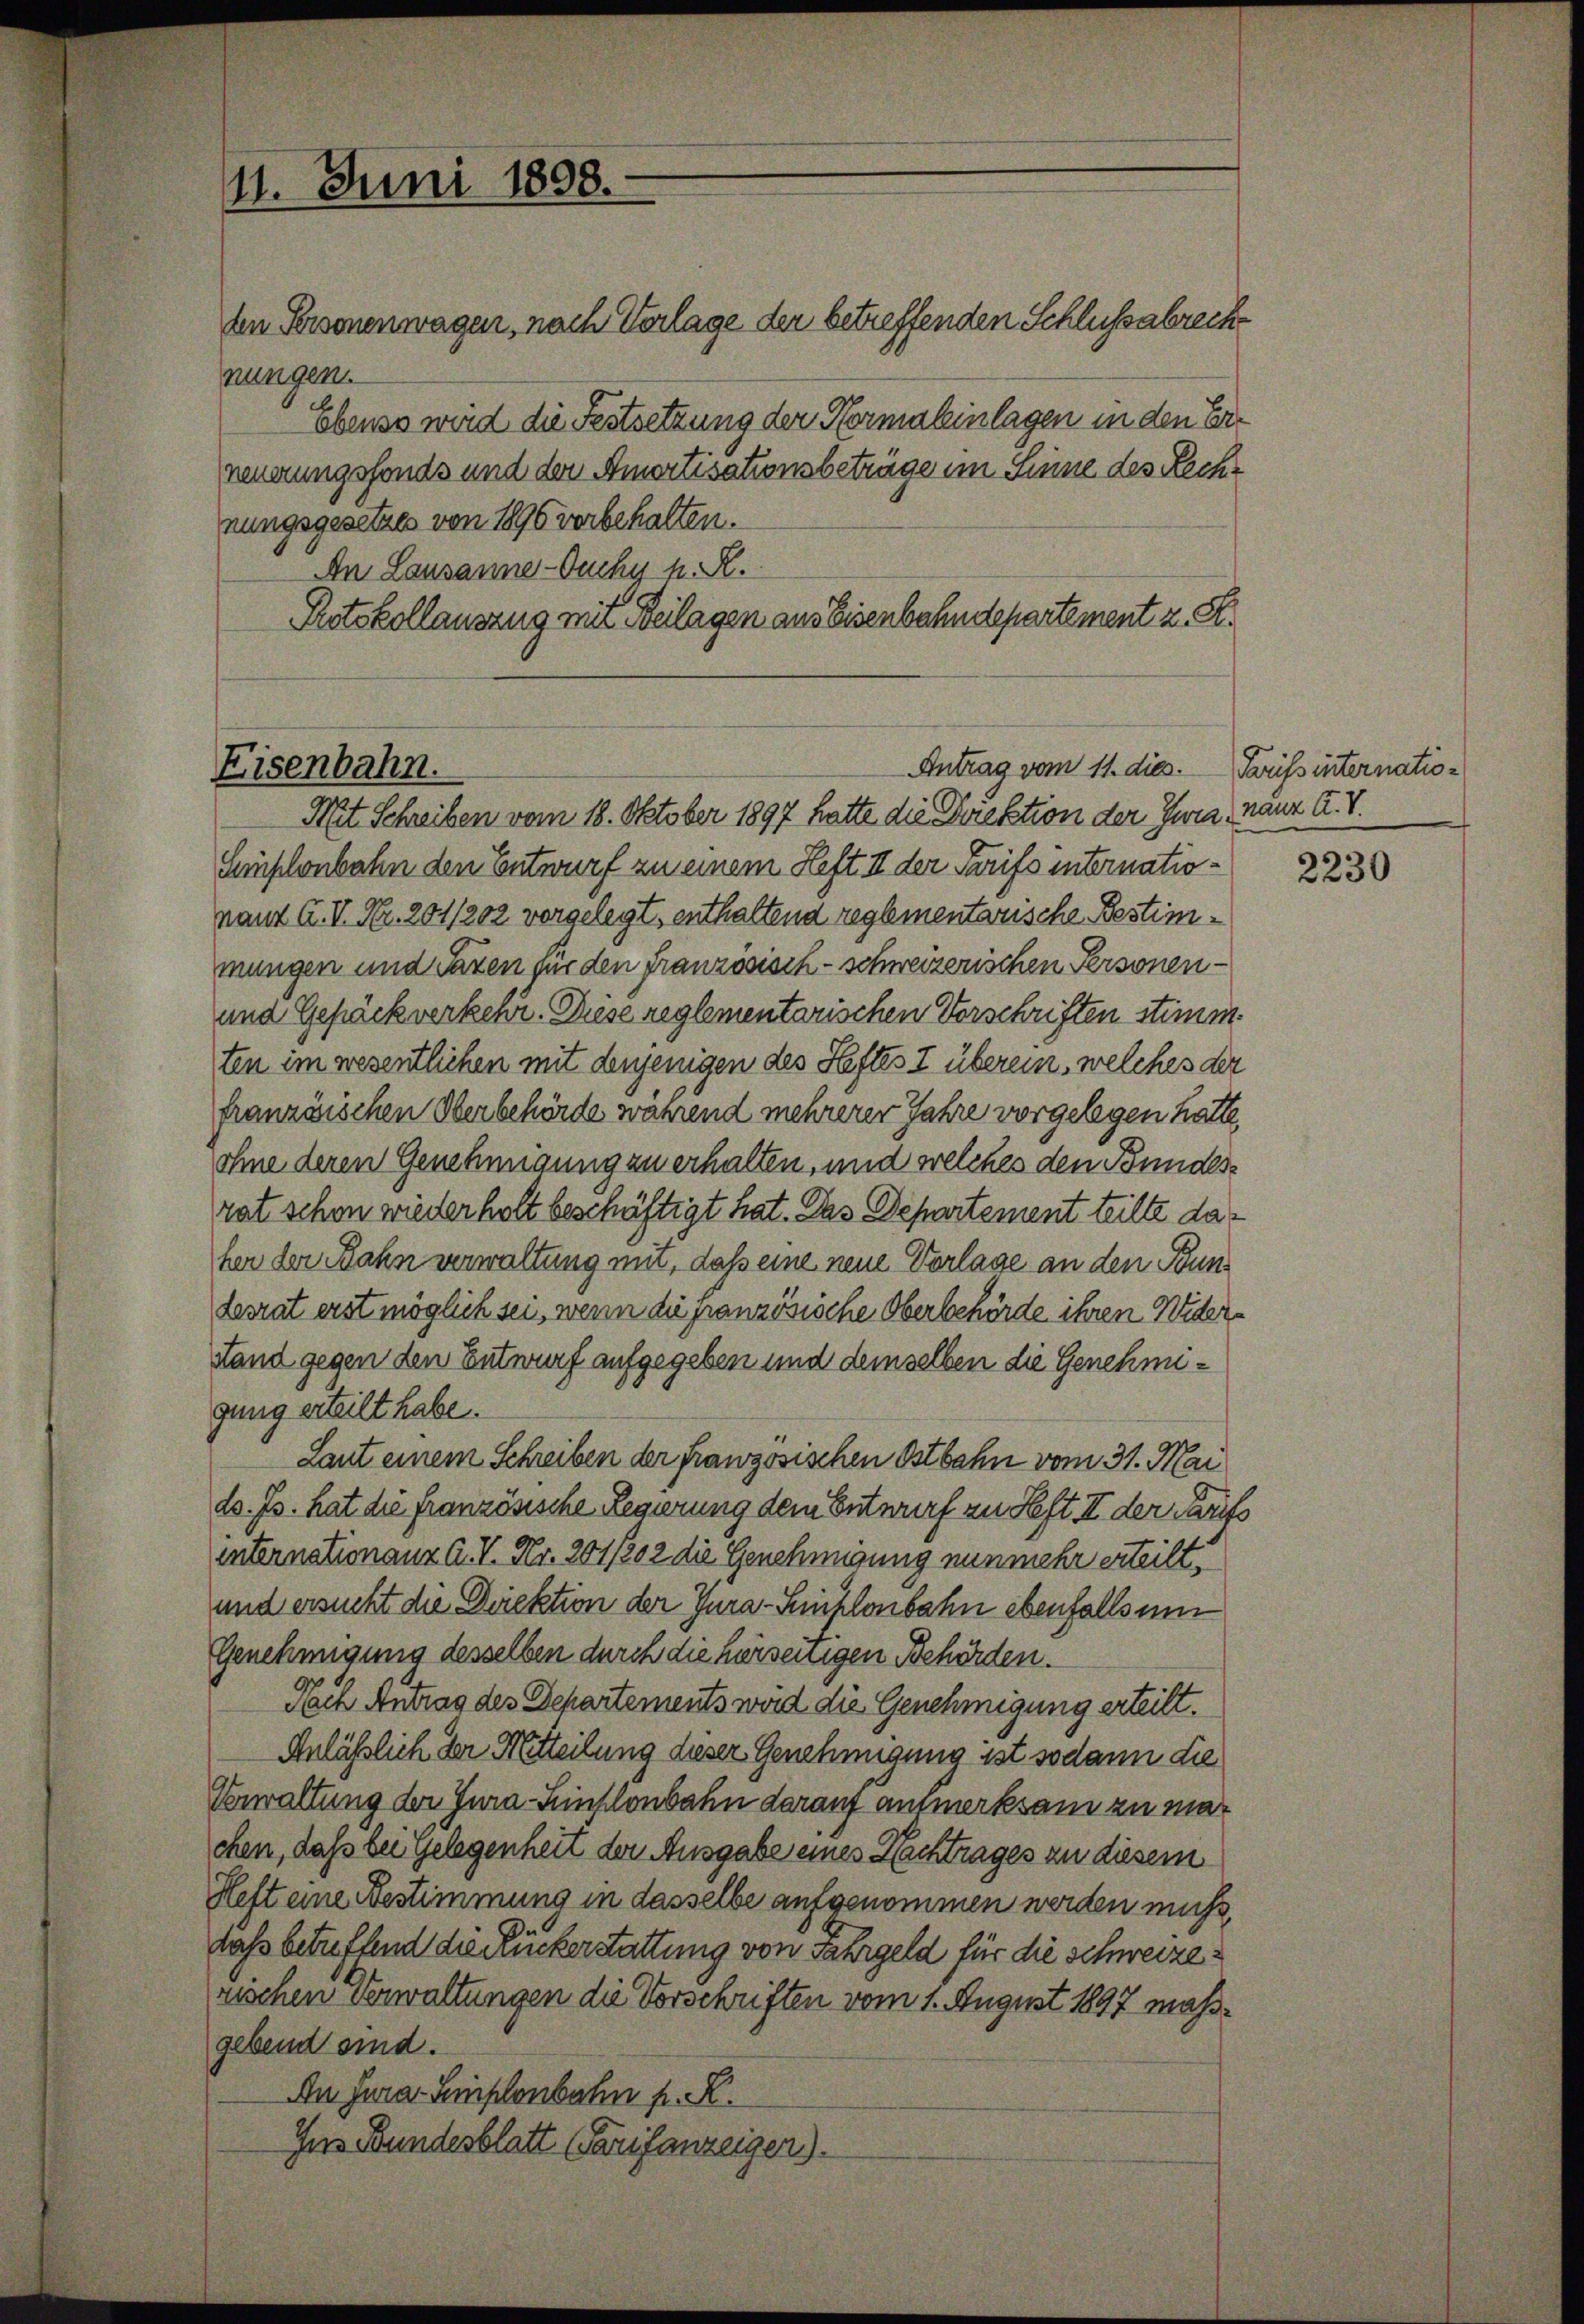
11. Juni 1858.

den Personenwagen, nach Verlage der betreffenden Schlussabreche
nungen.
Ebenso wird die Festsetzung der Normaleinlagen in den Erreuerungsfonds und der Amortisationsbeträge im Sinne des Rechnungsgesetzes von 1896 vorbehalten.
An Lausanne-Ouchy h. R.
Protokollauszug mit Beilagen aus Eisenbahndepartement z. S.
Mit Schreiben vom 18. Oktober 1897 hatte die Direktion der Zwe, Maur. A. S.
Emplonbahn den Entwurf zu einem Heft II der Tarifs internatioraut A. II. Nr. 201/202 vorgelegt, enthaltend reglementarische Bestimmungen und Taxen für den französisch - schweizerischen Personen¬
und Gepäck verkehr. Diese reglementarischen Vorschriften stimm
ten im wesentlichen mit denjenigen des Heftes I überein, welches der
französischen Oberbehörde während mehrerer Jahre vorgelegen hatte,
ohne deren Genehmigung zu erhalten, und welches den Bundesrat schon wiederholt beschäftigt hat. Das Departement teilte daher der Rahn verwaltung mit, daß eine neue Vorlage an den Pun¬
Lesrat erst möglich sei, wenn die französische Oberbehörde ihren Wider¬
Stand gegen den Entwurf aufgegeben und demselben die Genehmigung erteilt habe.
Laut einem Schreiben der französischen Ostbahn vom 31. Mai
ds. Js. hat die französische Regierung dem Entwurf zu Heft II der Tarifs
internationanz A. V. Nr. 201/202 die Genehmigung nunmehr erteilt,
und ersucht die Direktion der Jura-Schlenbahn ebenfalls um
Genehmigung desselben durch die hersenigen Behörden.
Nach Antrag des Departements wird die Genehmigung erteilt.
Anläßlich der Mitteilung dieser Genehmigung ist sodann die
Verwaltung der Jura-Zinslonbahn darauf anmerksam zu machen, daß bei gelegenheit der Ausgabe eines Nachtrages zu diesem
Heft eine Bestimmung in dasselbe aufgenommen werden muss,
dass betreffend die Ruckerstattung von Fahrgeld für die Schweizerischen Verwaltungen die Vorschriften vom 1. August 1897 mahrgebend sind.
An Jura - Semplonbahn p. K.
Ins Bundesblatt (Paruifanzeigen.

Eisenbahn.

Antrag vom 11. dies.

Tarifsinternation

2230